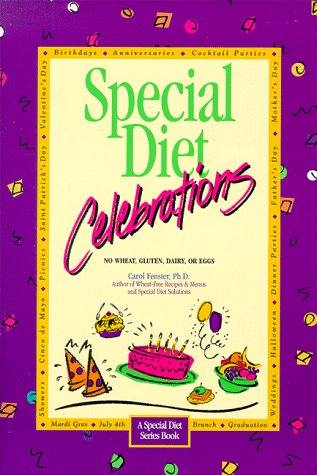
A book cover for Special Diet Celebrations: no wheat, gluten, dairy, or eggs (Fenster, Carol Lee. Special Diet Series.); Carol Fenster; Health, Fitness & Dieting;